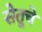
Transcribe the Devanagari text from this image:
सेतूचे